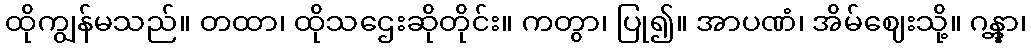
ထိုကျွန်မသည်။ တထာ၊ ထိုသဌေးဆိုတိုင်း။ ကတွာ၊ ပြု၍။ အာပဏံ၊ အိမ်ဈေးသို့။ ဂန္တွာ၊